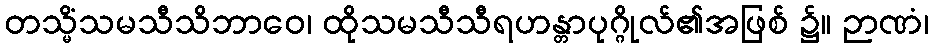
တသ္မိံသမသီသိဘာဝေ၊ ထိုသမသီသီရဟန္တာပုဂ္ဂိုလ်၏အဖြစ် ၌။ ဉာဏံ၊